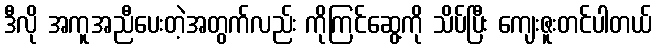
ဒီလို အကူအညီပေးတဲ့အတွက်လည်း ကိုကြင်ဆွေ့ကို သိပ်ပြီး ကျေးဇူးတင်ပါတယ်